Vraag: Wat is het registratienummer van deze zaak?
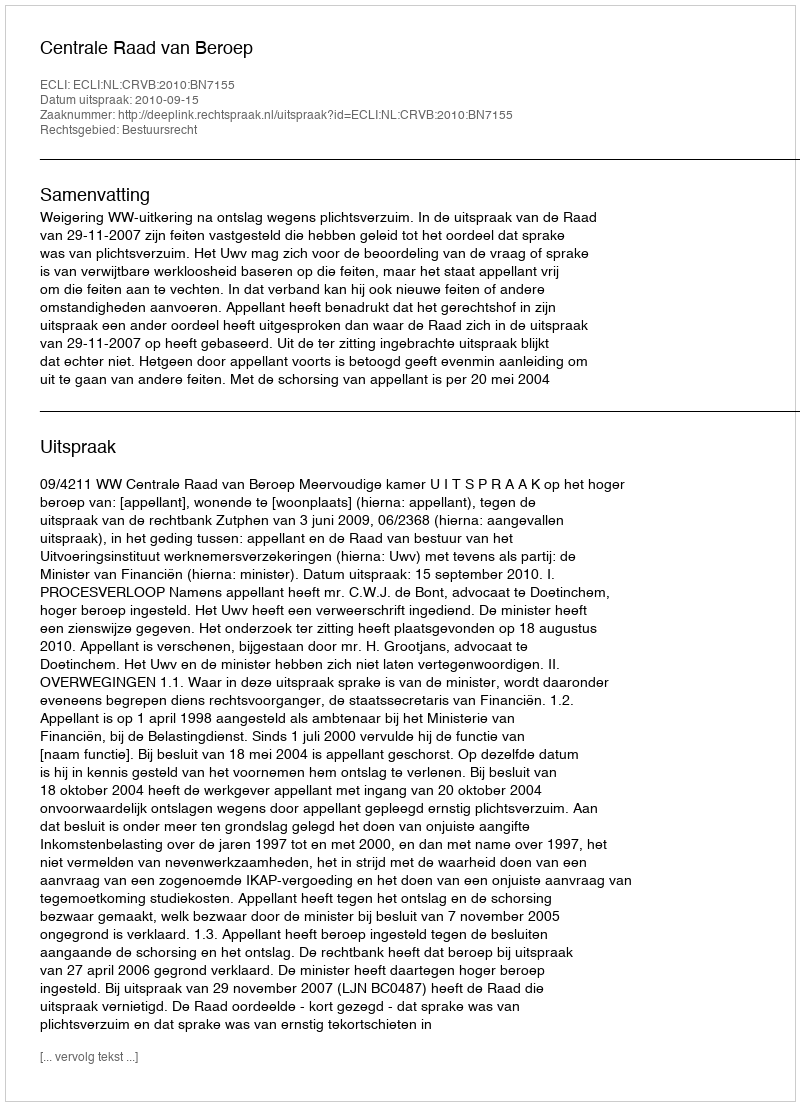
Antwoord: http://deeplink.rechtspraak.nl/uitspraak?id=ECLI:NL:CRVB:2010:BN7155